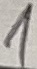
Text: 1